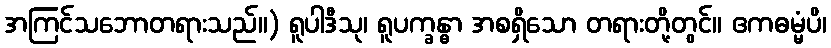
အကြင်သဘောတရားသည်။) ရူပါဒီသု၊ ရူပက္ခန္ဓာ အစရှိသော တရားတို့တွင်။ ဧကဓမ္မံပိ၊